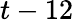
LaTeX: t-12